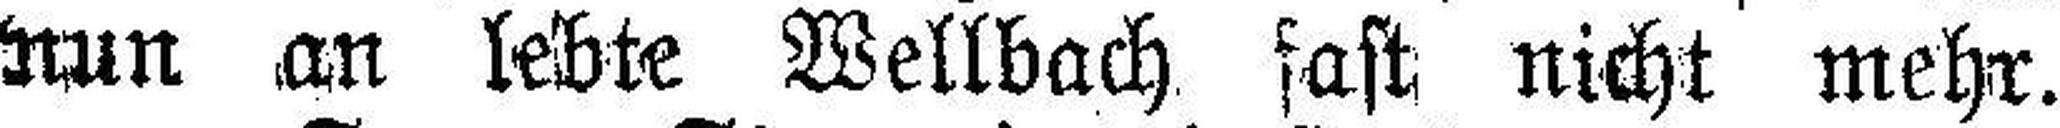
nun an lebte Wellbach fast nicht mehr.